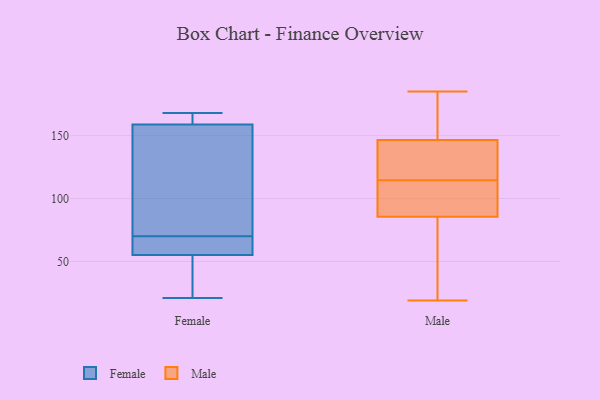
{"axis": {"x": "Backlog", "y": "Value"}, "legend": ["Female", "Male"], "data": [{"x": "", "y": 161, "type": "Female"}, {"x": "", "y": 61, "type": "Female"}, {"x": "", "y": 159, "type": "Female"}, {"x": "", "y": 168, "type": "Female"}, {"x": "", "y": 70, "type": "Female"}, {"x": "", "y": 158, "type": "Female"}, {"x": "", "y": 62, "type": "Female"}, {"x": "", "y": 21, "type": "Female"}, {"x": "", "y": 30, "type": "Female"}, {"x": "", "y": 53, "type": "Female"}, {"x": "", "y": 139, "type": "Female"}, {"x": "", "y": 102, "type": "Male"}, {"x": "", "y": 171, "type": "Male"}, {"x": "", "y": 83, "type": "Male"}, {"x": "", "y": 35, "type": "Male"}, {"x": "", "y": 118, "type": "Male"}, {"x": "", "y": 19, "type": "Male"}, {"x": "", "y": 114, "type": "Male"}, {"x": "", "y": 88, "type": "Male"}, {"x": "", "y": 126, "type": "Male"}, {"x": "", "y": 103, "type": "Male"}, {"x": "", "y": 139, "type": "Male"}, {"x": "", "y": 119, "type": "Male"}, {"x": "", "y": 177, "type": "Male"}, {"x": "", "y": 44, "type": "Male"}, {"x": "", "y": 182, "type": "Male"}, {"x": "", "y": 185, "type": "Male"}, {"x": "", "y": 78, "type": "Male"}, {"x": "", "y": 154, "type": "Male"}, {"x": "", "y": 89, "type": "Male"}, {"x": "", "y": 115, "type": "Male"}]}